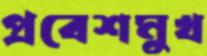
প্রবেশমুখ